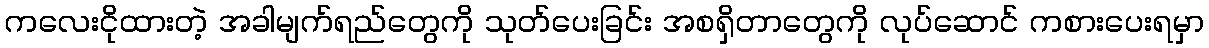
ကလေးငိုထားတဲ့ အခါမျက်ရည်တွေကို သုတ်ပေးခြင်း အစရှိတာတွေကို လုပ်ဆောင် ကစားပေးရမှာ